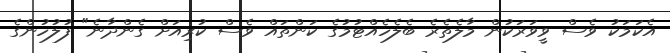
އެކަމަކު ވެސް ވީވަރަކުން މާލެތެރެ ބެލެހެއްޓުމުގެ ކަންތައް ވެސް ކުރިއަށް ގެންދާނެ" ފުލުހުންގެ